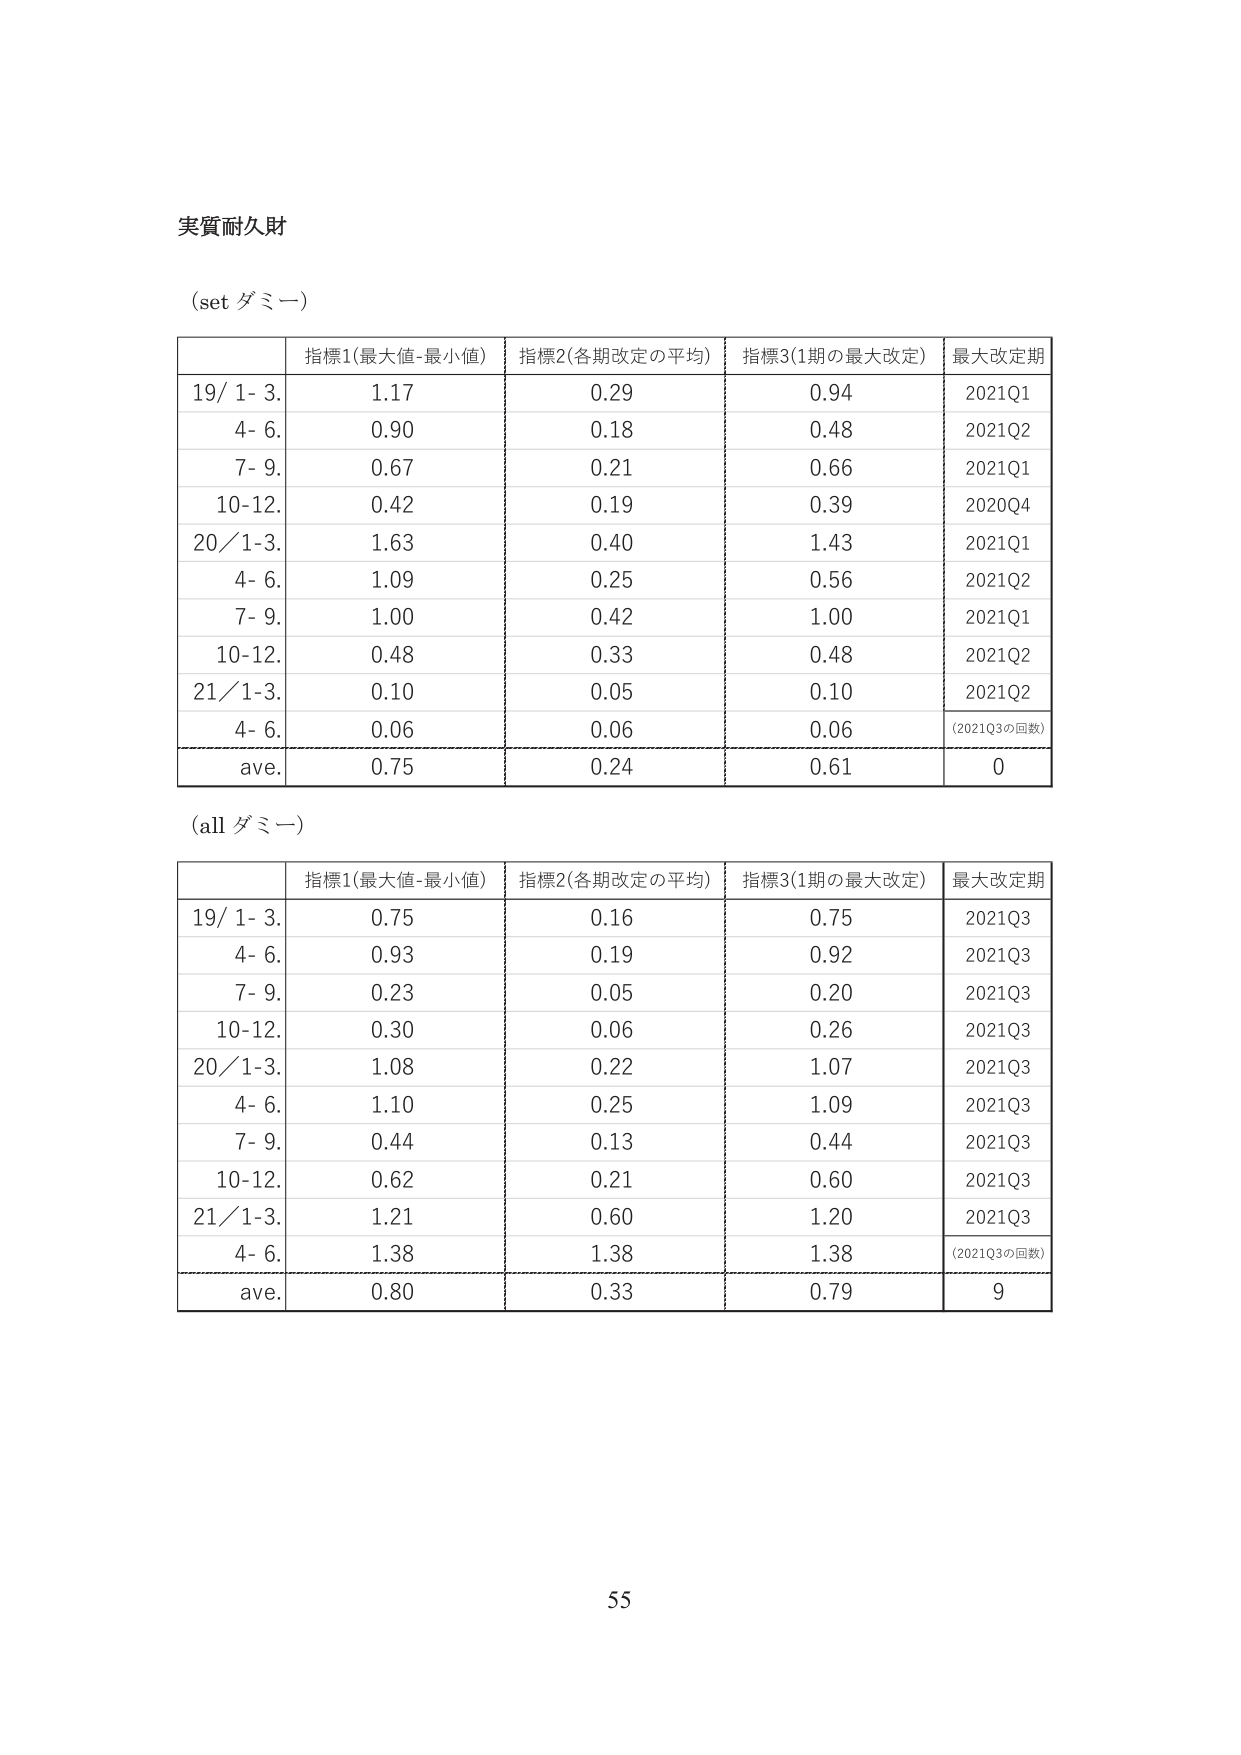
実質耐久財

(set ダミー)

指標1(最大値-最小値) 指標2(各期改定の平均) 指標3(1期の最大改定) 最大改定期
19/ 1- 3. 1.17 0.29 0.94 2021Q1
4- 6. 0.90 0.18 0.48 2021Q2
7- 9. 0.67 0.21 0.66 2021Q1
10-12. 0.42 0.19 0.39 2020Q4
20/1-3. 1.63 0.40 1.43 2021Q1
4- 6. 1.09 0.25 0.56 2021Q2
7- 9. 1.00 0.42 1.00 2021Q1
10-12. 0.48 0.33 0.48 2021Q2
21/1-3. 0.10 0.05 0.10 2021Q2
4- 6. 0.06 0.06 0.06 (2021Q3の回数)
ave. 0.75 0.24 0.61 0

(all ダミー)

指標1(最大値-最小値) 指標2(各期改定の平均) 指標3(1期の最大改定) 最大改定期
19/ 1- 3. 0.75 0.16 0.75 2021Q3
4- 6. 0.93 0.19 0.92 2021Q3
7- 9. 0.23 0.05 0.20 2021Q3
10-12. 0.30 0.06 0.26 2021Q3
20/1-3. 1.08 0.22 1.07 2021Q3
4- 6. 1.10 0.25 1.09 2021Q3
7- 9. 0.44 0.13 0.44 2021Q3
10-12. 0.62 0.21 0.60 2021Q3
21/1-3. 1.21 0.60 1.20 2021Q3
4- 6. 1.38 1.38 1.38 (2021Q3の回数)
ave. 0.80 0.33 0.79 9

55